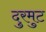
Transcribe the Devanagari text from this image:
दुरमुट